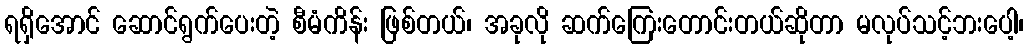
ရရှိအောင် ဆောင်ရွက်ပေးတဲ့ စီမံကိန်း ဖြစ်တယ်၊ အခုလို ဆက်ကြေးတောင်းတယ်ဆိုတာ မလုပ်သင့်ဘးပေါ့၊